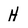
Character: H